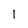
Character: 1